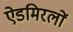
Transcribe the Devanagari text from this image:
ऐडमिरलों